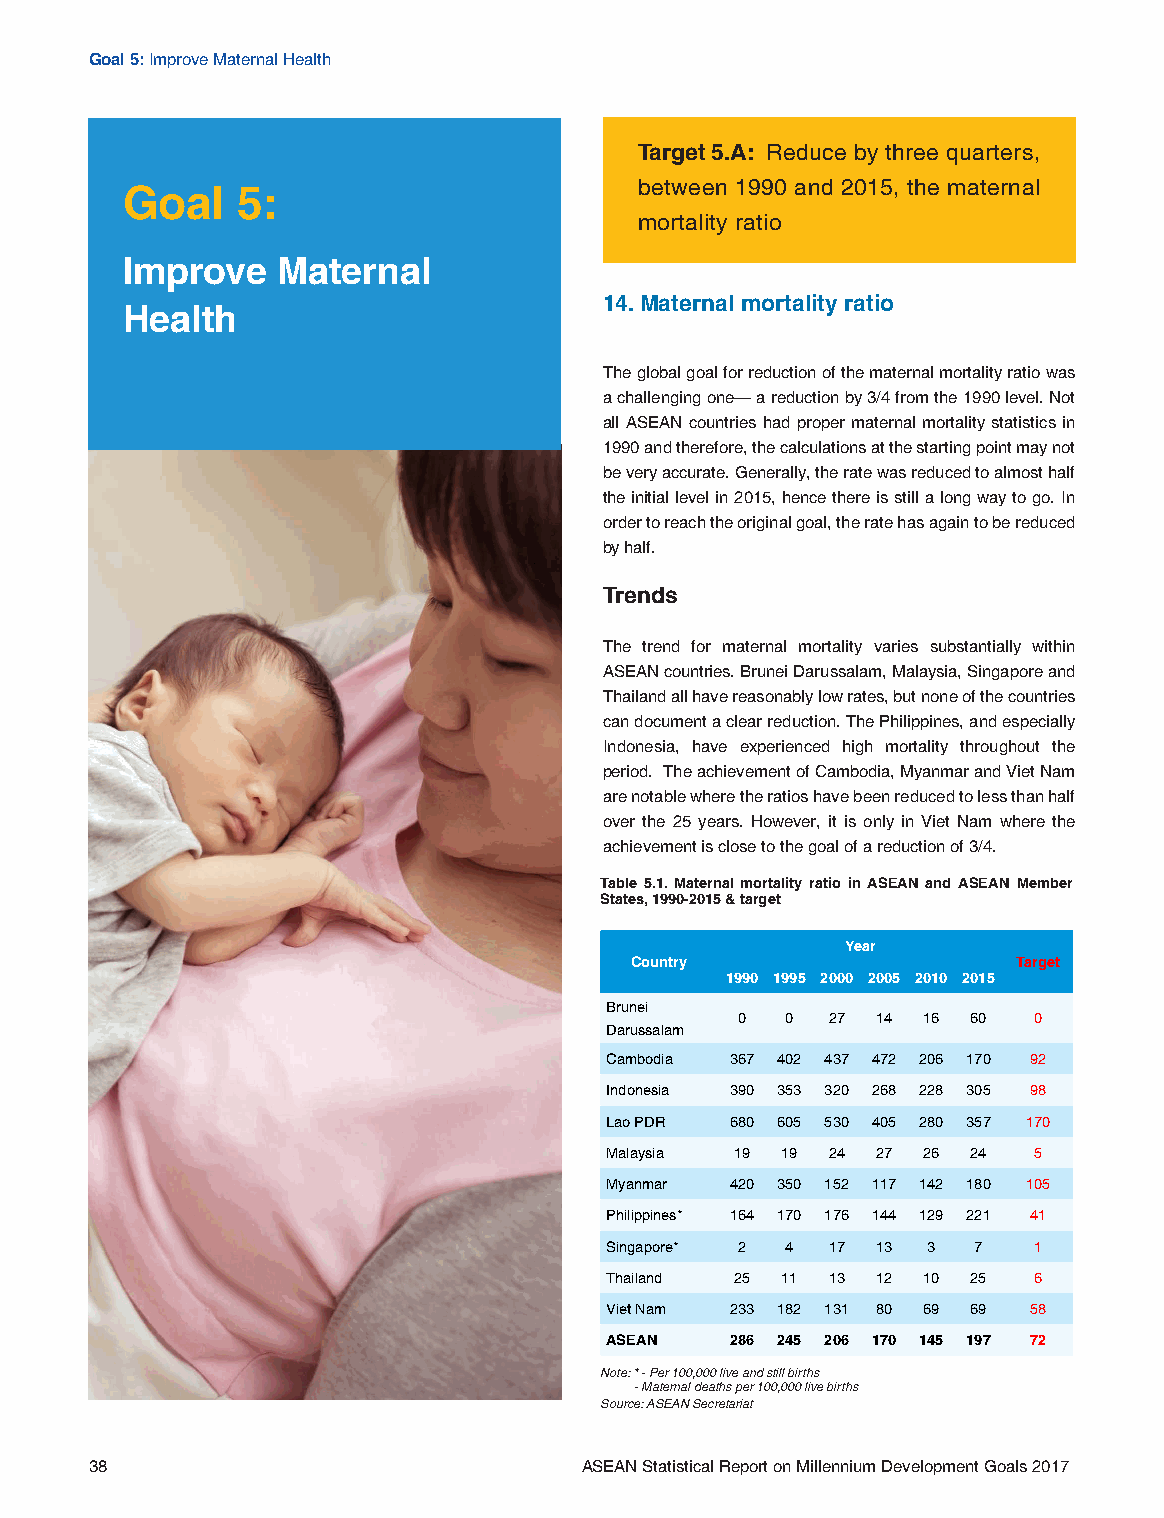
Goal 5: Improve Maternal Health
 Target 5.A: Reduce by three quarters,
 Goal    5:                        between 1990 and 2015, the maternal
 mortality ratio
 Improve   Maternal
 14. Maternal mortality ratio
 Health
 The global goal for reduction of the maternal mortality ratio was
 a challenging one— a reduction by 3/4 from the 1990 level. Not
 all ASEAN countries had proper maternal mortality statistics in
 1990 and therefore, the calculations at the starting point may not
 be very accurate. Generally, the rate was reduced to almost half
 the initial level in 2015, hence there is still a long way to go. In
 order to reach the original goal, the rate has again to be reduced
 by half.
 Trends
 The trend for maternal mortality varies substantially within
 ASEAN countries. Brunei Darussalam, Malaysia, Singapore and
 Thailand all have reasonably low rates, but none of the countries
 can document a clear reduction. The Philippines, and especially
 Indonesia, have experienced high mortality throughout the
 period. The achievement of Cambodia, Myanmar and Viet Nam
 are notable where the ratios have been reduced to less than half
 over the 25 years. However, it is only in Viet Nam where the
 achievement is close to the goal of a reduction of 3/4.
 Table 5.1. Maternal mortality ratio in ASEAN and ASEAN Member
 States, 1990-2015 & target
 Year
 Country                  Target
 1990 1995 2000 2005 2010 2015
 Brunei
 0  0  27 14 16 60  0
 Darussalam
 Cambodia 367 402 437 472 206 170 92
 Indonesia 390 353 320 268 228 305 98
 Lao PDR 680 605 530 405 280 357 170
 Malaysia 19 19 24 27 26 24  5
 Myanmar 420 350 152 117 142 180 105
 Philippines* 164 170 176 144 129 221 41
 Singapore* 2 4 17 13 3  7   1
 Thailand 25 11 13 12 10 25  6
 Viet Nam 233 182 131 80 69 69 58
 ASEAN   286 245 206 170 145 197 72
 Note: * - Per 100,000 live and still births
 - Maternal deaths per 100,000 live births
 Source: ASEAN Secretariat
 38                              ASEAN Statistical Report on Millennium Development Goals 2017